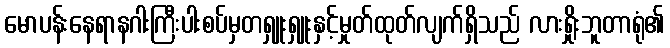
မောပန်းနေရာနဂါးကြီးပါးစပ်မှတရှူးရှူးနှင့်မှုတ်ထုတ်လျက်ရှိသည် လားရှိုးဘူတာရုံ၏